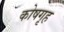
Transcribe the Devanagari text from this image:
कोषगृह